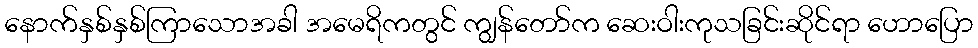
နောက်နှစ်နှစ်ကြာသောအခါ အမေရိကတွင် ကျွန်တော်က ဆေးဝါးကုသခြင်းဆိုင်ရာ ဟောပြော